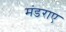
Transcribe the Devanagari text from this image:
मंडराए